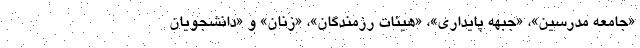
«جامعه مدرسین»، «جبهه پایداری»، «هیئات رزمندگان»، «زنان» و «دانشجویان